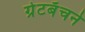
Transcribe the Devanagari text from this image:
ग्रेटबॅचने